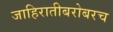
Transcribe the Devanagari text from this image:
जाहिरातीबरोबरच